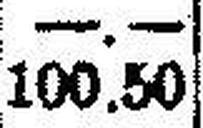
100.50